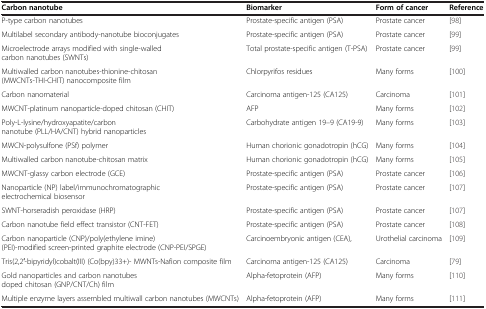
| Carbon nanotube | Biomarker | Form of cancer | Reference |
 | --- | --- | --- | --- |
 | P-type carbon nanotubes | Prostate-specific antigen (PSA) | Prostate cancer | [98] |
 | Multilabel secondary antibody-nanotube bioconjugates | Prostate-specific antigen (PSA) | Prostate cancer | [99] |
 | Microelectrode arrays modified with single-walled carbon nanotubes (SWNTs) | Total prostate-specific antigen (T-PSA) | Prostate cancer | [99] |
 | Multiwalled carbon nanotubes-thionine-chitosan (MWCNTs-THI-CHIT) nanocomposite film | Chlorpyrifos residues | Many forms | [100] |
 | Carbon nanomaterial | Carcinoma antigen-125 (CA125) | Carcinoma | [101] |
 | MWCNT-platinum nanoparticle-doped chitosan (CHIT) | AFP | Many forms | [102] |
 | Poly-l-lysine/hydroxyapatite/carbon nanotube (PLL/HA/CNT) hybrid nanoparticles | Carbohydrate antigen 19–9 (CA19-9) | Many forms | [103] |
 | MWCN-polysulfone (PSf) polymer | Human chorionic gonadotropin (hCG) | Many forms | [104] |
 | Multiwalled carbon nanotube-chitosan matrix | Human chorionic gonadotropin (hCG) | Many forms | [105] |
 | MWCNT-glassy carbon electrode (GCE) | Prostate-specific antigen (PSA) | Prostate cancer | [106] |
 | Nanoparticle (NP) label/immunochromatographic electrochemical biosensor | Prostate-specific antigen (PSA) | Prostate cancer | [107] |
 | SWNT-horseradish peroxidase (HRP) | Prostate-specific antigen (PSA) | Prostate cancer | [107] |
 | Carbon nanotube field effect transistor (CNT-FET) | Prostate-specific antigen (PSA) | Prostate cancer | [108] |
 | Carbon nanoparticle (CNP)/poly(ethylene imine) (PEI)-modified screen-printed graphite electrode (CNP-PEI/SPGE) | Carcinoembryonic antigen (CEA), | Urothelial carcinoma | [109] |
 | Tris(2,2′-bipyridyl)cobalt(III) (Co(bpy)33+)- MWNTs-Nafion composite film | Carcinoma antigen-125 (CA125) | Carcinoma | [79] |
 | Gold nanoparticles and carbon nanotubes doped chitosan (GNP/CNT/Ch) film | Alpha-fetoprotein (AFP) | Many forms | [110] |
 | Multiple enzyme layers assembled multiwall carbon nanotubes (MWCNTs) | Alpha-fetoprotein (AFP) | Many forms | [111] |